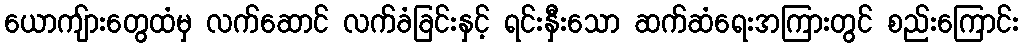
ယောကျ်ားတွေထံမှ လက်ဆောင် လက်ခံခြင်းနှင့် ရင်းနှီးသော ဆက်ဆံရေးအကြားတွင် စည်းကြောင်း